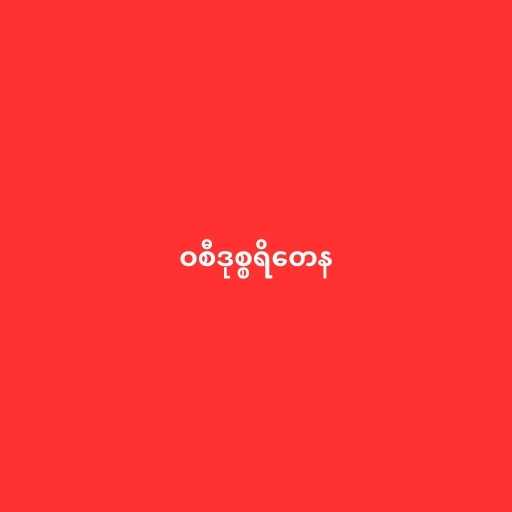
ဝစီဒုစ္စရိတေန